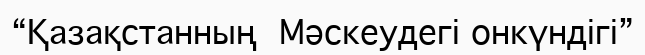
“Қазақстанның  Мәскеудегі онкүндігі”